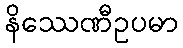
နိဿေဏီဥပမာ